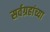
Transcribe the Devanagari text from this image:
सर्वग्रहांच्या